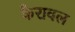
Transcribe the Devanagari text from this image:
कैरावल